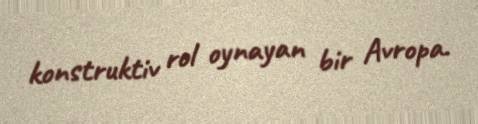
konstruktiv rol oynayan bir Avropa.